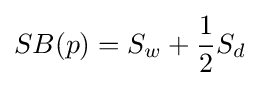
SB(p)=S_{w}+{\frac {1}{2}}S_{d}